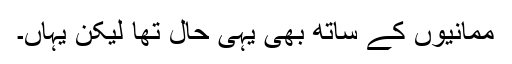
ممانیوں کے ساتھ بھی یہی حال تھا لیکن یہاں۔